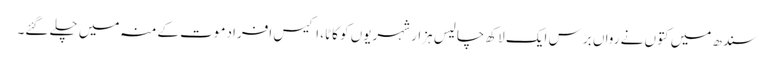
سندھ میں کتوں نے رواں برس ایک لاکھ چالیس ہزار شہریوں کو کاٹا، اکیس افرادموت کےمنہ میں چلے گئے۔